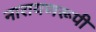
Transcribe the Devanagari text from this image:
नारायणरूपी